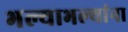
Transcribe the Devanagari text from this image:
भल्याभल्यांना